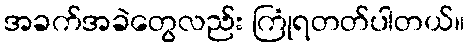
အခက်အခဲတွေလည်း ကြုံရတတ်ပါတယ်။